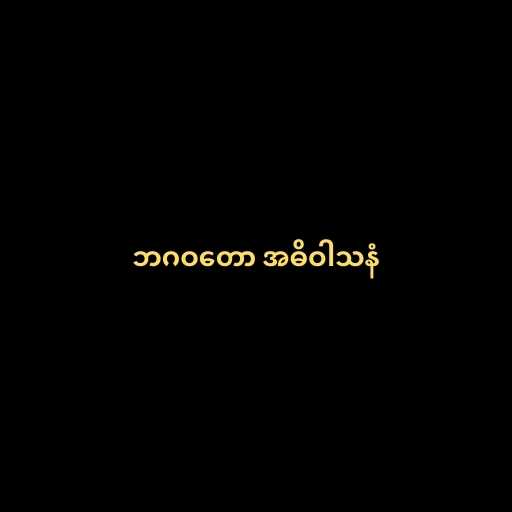
ဘဂဝတော အဓိဝါသနံ